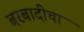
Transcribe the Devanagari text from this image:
बरबादीचा